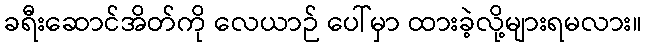
ခရီးဆောင်အိတ်ကို လေယာဉ် ပေါ်မှာ ထားခဲ့လို့များရမလား။